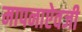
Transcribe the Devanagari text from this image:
मापनाऐवजी